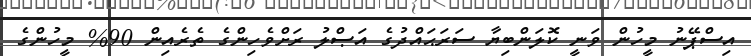
އިސްޕޭނު މީހުން ވަނީ ކޮލަންބިޔާ ސަރަޙައްދުގެ އަޞްލު ރަށްވެހިންގެ ތެރެއިން 90% މީހުންގެ